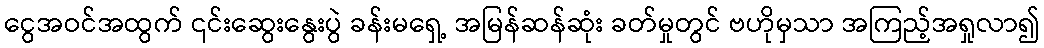
ငွေအဝင်အထွက် ၎င်းဆွေးနွေးပွဲ ခန်းမရှေ့ အမြန်ဆန်ဆုံး ခတ်မှုတွင် ဗဟိုမှသာ အကြည့်အရှုလာ၍